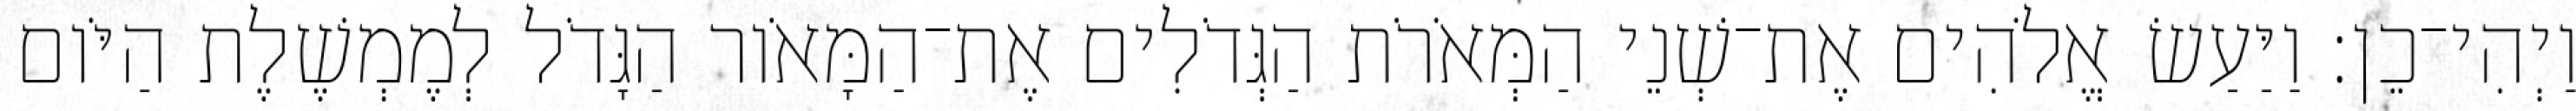
וַיְהִי־כֵן׃ וַיַּעַשׂ אֱלֹהִים אֶת־שְׁנֵי הַמְּאֹרֹת הַגְּדֹלִים אֶת־הַמָּאֹור הַגָּדֹל לְמֶמְשֶׁלֶת הַיֹּום